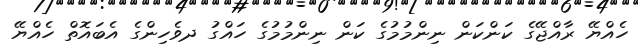
ހެއްޔޭ ރާއްޖޭގެ ކަންކަން ނިންމުމުގެ ކަން ނިންމުމުގެ ހައްގު ދވެހިންގެ އެބައޮތް ހެއްޔޭ